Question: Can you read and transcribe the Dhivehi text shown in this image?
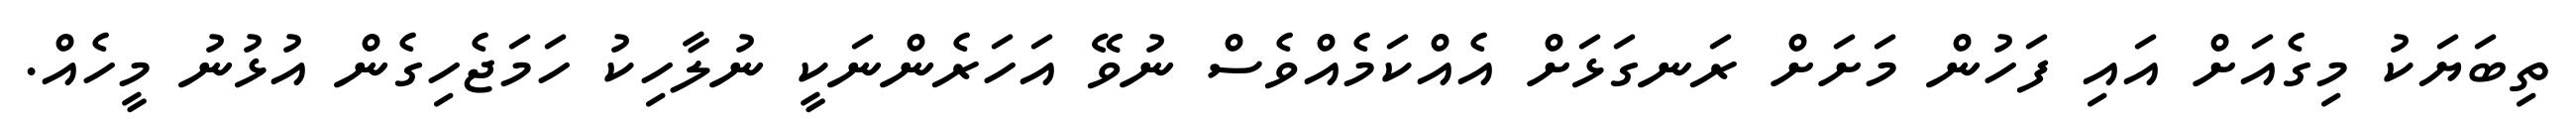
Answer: ތިބަޔަކު މިގެއަށް އައި ފަހުން މަށަށް ރަނގަޅަށް އެއްކަމެއްވެސް ނުވޭ އަހަރެންނަކީ ނުލާހިކު ހަމަޖެހިގެން އުޅުނު މީހެއް.